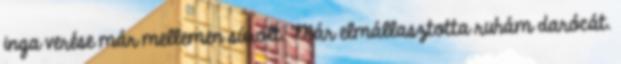
inga verése már mellemen súrolt. Már elmállasztotta ruhám darócát.